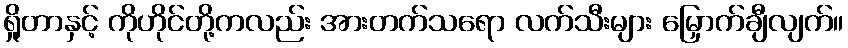
ရှိုတာနှင့် ကိုဟိုင်တို့ကလည်း အားတက်သရော လက်သီးများ မြှောက်ချီလျက်။